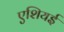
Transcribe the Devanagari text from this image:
एशियई